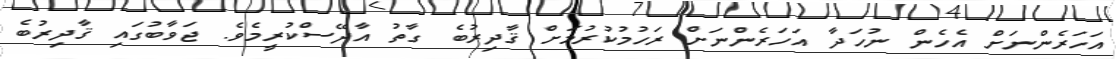
އަހަރެންނަށް އެހެން ނުހަދާ އަހަރެންނަށް ރަހުމުކުރުމަށް ޤާދިރުބެ ގާތު އާދޭސްކުރީމެވެ. ޖަވާބުގައި ޤާދިރުބެ